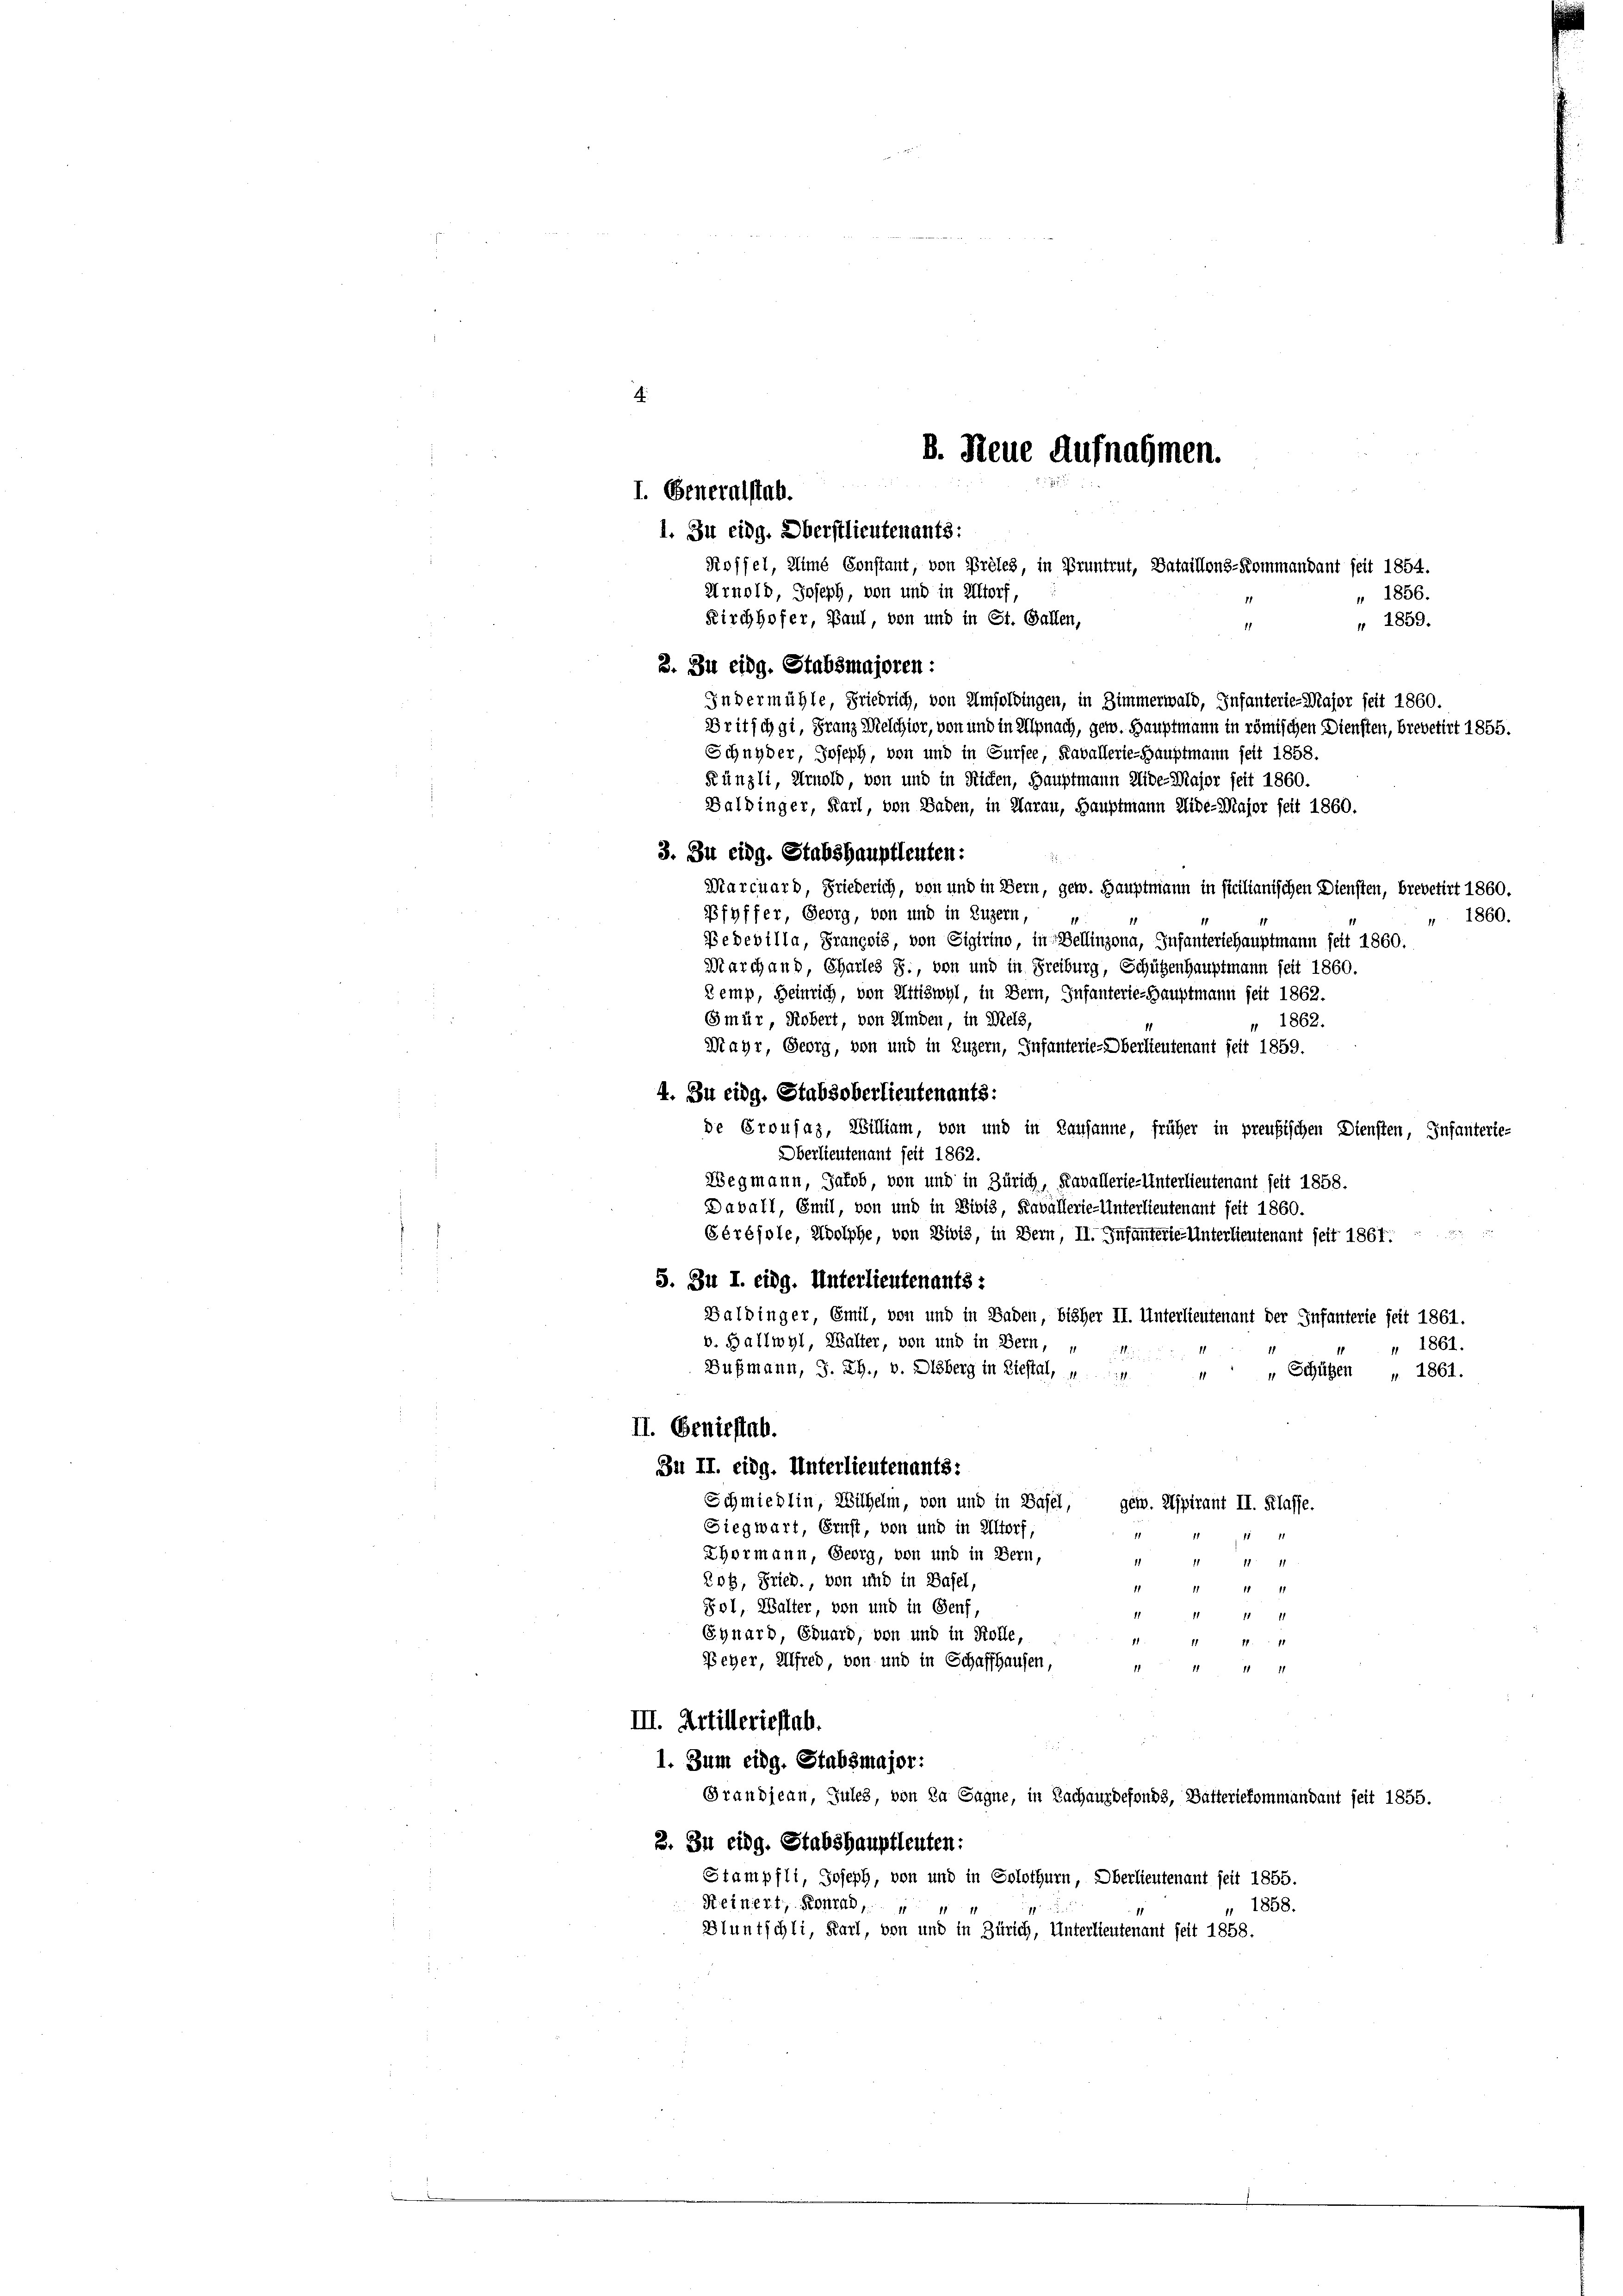
4

Indermühle, Friedrich, von Umsolbingen, in Zimmerwald, Infanterie-Major seit 1860.
Britschgi, Franz Melchior, von und in Alpnach, gew. Hauptmann in römischen Diensten, brevetirt 1855.
Schnyder, Joseph, von und in Sursee, Kavallerie-Hauptmann seit 1858.
Künzli, Arnold, von und in Richen, Hauptmann Eide-Major seit 1860.
Balbinger, Karl, von Baben, in Aarau, Hauptmann Aide-Major seit 1860.
3. Zu eidg. Stabshauptleuten:
.
Marcuard, Friederich, von und in Bern, gew. Hauptmann in ficilianischen Diensten, brevetirt 1860.
Pfyffer, Georg, von und in Luzern,
 1860.
Pedevilla, Français, von Sigirino, in Bellinzona, Infanteriehauptmann seit 1860.
Marchand, Charles §., von und in Freiburg, Schützenhauptmann seit 1860.
Kemp, Heinrich, von Attiswyl, in Bern, Infanterie-Hauptmann seit 1862.
Gmür, Robert, von Amden, in Meis,
 1862.
Mayr, Georg, von und in Luzern, Infanterie-Oberlieutenant seit 1859.
4. Zu eidg. Stabsoberlieutenants:
de Crousaz, William, von und in Lausanne, früher in preußischen Diensten, Infanterie-
Oberlieutenant seit 1862.
Wegmann, Jakob, von und in Zürich, Kavallerie-Unterlieutenant seit 1858.
Davall, Emil, von und in Divis, Kavallerie-Unterlieutenant seit 1860.
Gérésole, Adolphe, von Divis, in Bern, II. Infanterie-Unterlieutenant seit 1861.
5. Zu I. eidg. Unterlieutenants:
Balbinger, Emil, von und in Baden, bisher II. Unterlieutenant der Infanterie seit 1861.
v. Ballwyl, Walter, von und in Bern,
" 1861.
Bußmann, J. RG., v. Disberg in Liestal,
“ „ Schützen „ 1861.
II. Geniestab.
Bu II. eidg. Unterlieutenants:
Schmiedlin, Wilhelm, von und in Basel, gew. Aspirant II. Klasse.
Siegwart, Ernst, von und in Altorf,
1
Thormann, Georg, von und in Bern,
44
208, Fried., von und in Basel,
11
Sol, Walter, von und in Genf,
1
11 11
Eynard, Eduard, von und in Kolle,
11 47. 11
Peher, Alfred, von und in Schaffhausen,
771 7
11
III. Artilleriestab.
u
1. Zum eidg. Stabsmajor:
Grandjean, Jules, von Da Sagne, in Nachausdefonds, Batteriekommandant seit 1855.
3. Zu eidg. Stabshauptleuten:
Stampfli, Joseph, von und in Solothurn, Oberlieutenant seit 1855.
1858.
Reinert, Konrad,
Bluntschli, Karl, von und in Zürich, Unterlieutenant seit 1858.

1. Zu eidg. Oberstlieutenants:
Koffel, Mimé Constant, von Prèles, in Pruntrut, Bataillons-Kommandant seit 1854.
Arnold, Joseph, von und in Altorf,
" 1856.
Kirchhofer, Paul, von und in St. Gallen,
" " 1859.

I. Generalstab.

2. Zu eidg. Stabsmajoren:

B. Neue Aufnahmen.